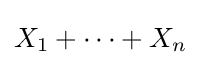
{\textstyle X_{1}+\cdots +X_{n}}